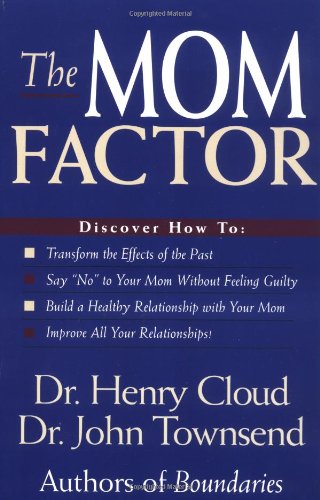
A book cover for The Mom Factor; John Townsend; Parenting & Relationships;